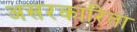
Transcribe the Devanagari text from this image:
असरकारिता